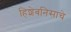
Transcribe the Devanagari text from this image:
हिशेबनिसाचे